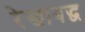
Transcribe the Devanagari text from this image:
रेखाबद्ध